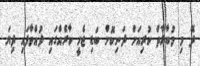
ދޭ މި މުބާރާތް ކުރިއަށް ދަނިކޮށް ބަޑި ޖެހީ ކާރެއްގައި ދުއްވާފައި ދިޔަ